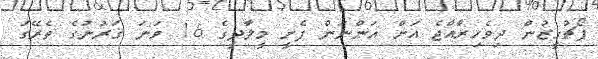
ޕޯޗުގީޒުން ދިވެހިރާއްޖެ އަށް އަންނަން ފެށީ މީލާދީގެ 16 ވަނަ ޤަރުނުގެ ތެރޭގަ